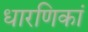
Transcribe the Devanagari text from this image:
धारणिकां